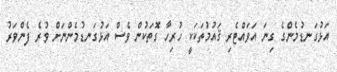
އަޅުގަނޑުމެންގެ ގިނަ އަވައްޓެރި ޤައުމުތަކަކީ ހުރިހާ ގޮތަކުން ވެސް އަޅުގަނޑުމެންނަށް ވުރެ ފެންވަރު